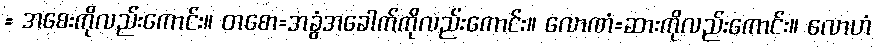
= အစေးကိုလည်းကောင်း။ တစော=အခွံအခေါက်ကိုလည်းကောင်း။ လောဏံ=ဆားကိုလည်းကောင်း။ လောဟံ